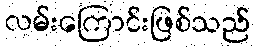
လမ်းကြောင်းဖြစ်သည်